Indian journal of veterinary science and animal husbandry - Volumes 24-25, 1954-1955
Year: 1954
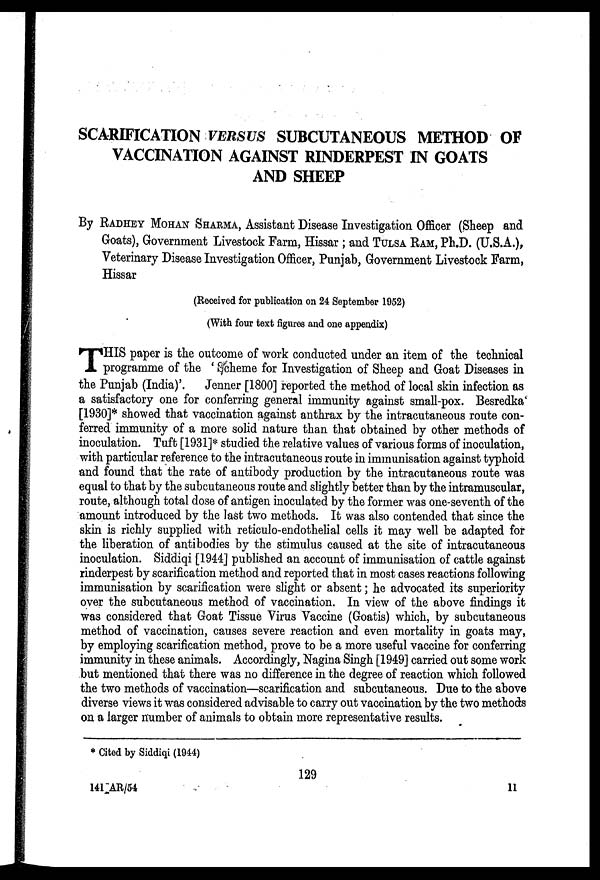
SCARIFICATION VERSUS SUBCUTANEOUS METHOD OF
VACCINATION AGAINST RINDERPEST IN GOATS
AND SHEEP
By RADHEY MOHAN SHARMA, Assistant Disease Investigation Officer (Sheep and
Goats), Government Livestock Farm, Hissar ; and TULSA RAM, Ph.D. (U.S.A.),
Veterinary Disease Investigation Officer, Punjab, Government Livestock Farm,
Hissar
(Received for publication on 24 September 1952)
(With four text figures and one appendix)
T HIS paper is the outcome of work conducted under an item of the technical
programme of the 'Scheme for Investigation of Sheep and Goat Diseases in
the Punjab (India)'. Jenner [1800] reported the method of local skin infection as
a satisfactory one for conferring general immunity against small-pox. Besredka
[1930]* showed that vaccination against anthrax by the intracutaneous route con-
ferred immunity of a more solid nature than that obtained by other methods of
inoculation. Tuft [1931]* studied the relative values of various forms of inoculation,
with particular reference to the intracutaneous route in immunisation against typhoid
and found that the rate of antibody production by the intracutaneous route was
equal to that by the subcutaneous route and slightly better than by the intramuscular,
route, although total dose of antigen inoculated by the former was one-seventh of the
amount introduced by the last two methods. It was also contended that since the
skin is richly supplied with reticulo-endothelial cells it may well be adapted for
the liberation of antibodies by the stimulus caused at the site of intracutaneous
inoculation. Siddiqi [1944] published an account of immunisation of cattle against
rinderpest by scarification method and reported that in most cases reactions following
immunisation by scarification were slight or absent; he advocated its superiority
over the subcutaneous method of vaccination. In view of the above findings it
was considered that Goat Tissue Virus Vaccine (Goatis) which, by subcutaneous
method of vaccination, causes severe reaction and even mortality in goats may,
by employing scarification method, prove to be a more useful vaccine for conferring
immunity in these animals. Accordingly, Nagina Singh [1949] carried out some work
but mentioned that there was no difference in the degree of reaction which followed
the two methods of vaccination—scarification and subcutaneous. Due to the above
diverse views it was considered advisable to carry out vaccination by the two methods
on a larger number of animals to obtain more representative results.
* Cited by Siddiqi (1944)
129
141 AR/54
11